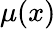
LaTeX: \mu(x)